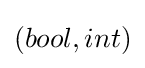
(bool,int)